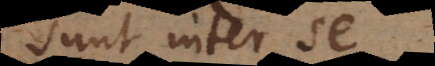
sunt inter se.